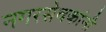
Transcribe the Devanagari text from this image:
नगरसेवकांनी